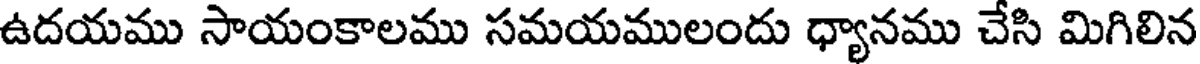
ఉదయము సాయంకాలము సమయములందు ధ్యానము చేసి మిగిలిన